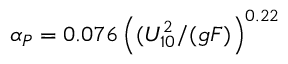
\alpha _ { P } = 0 . 0 7 6 \left( ( U _ { 1 0 } ^ { 2 } / ( g F ) \right) ^ { 0 . 2 2 }